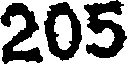
205